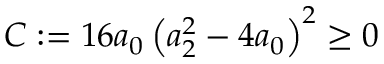
C : = 1 6 a _ { 0 } \left( a _ { 2 } ^ { 2 } - 4 a _ { 0 } \right) ^ { 2 } \geq 0